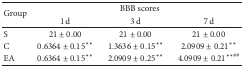
<table><thead><tr><td rowspan="2"><b>Group</b></td><td colspan="3"><b>BBB scores</b></td></tr><tr><td><b>1 d</b></td><td><b>3 d</b></td><td><b>7 d</b></td></tr></thead><tbody><tr><td>S</td><td>21 ± 0.00</td><td>21 ± 0.00</td><td>21 ± 0.00</td></tr><tr><td>C</td><td>0.6364 ± 0.15<sup><i>∗∗</i></sup></td><td>1.3636 ± 0.15<sup><i>∗∗</i></sup></td><td>2.0909 ± 0.21<sup><i>∗∗</i></sup></td></tr><tr><td>EA</td><td>0.6364 ± 0.15<sup><i>∗∗</i></sup></td><td>2.0909 ± 0.25<sup><i>∗∗</i></sup></td><td>4.0909 ± 0.21<sup><i>∗∗</i>##</sup></td></tr></tbody></table>